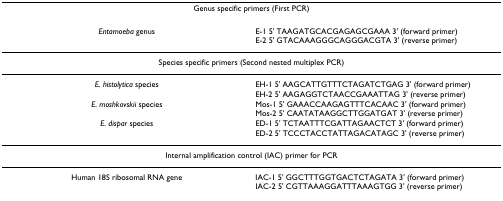
| <COLSPAN=2> Genus specific primers (First PCR) |
 | --- | --- |
 | Entamoeba genus | E-1 5' TAAGATGCACGAGAGCGAAA 3' (forward primer)E-2 5' GTACAAAGGGCAGGGACGTA 3' (reverse primer) |
 | <COLSPAN=2> Species specific primers (Second nested multiplex PCR) |
 | E. histolytica species | EH-1 5' AAGCATTGTTTCTAGATCTGAG 3' (forward primer)EH-2 5' AAGAGGTCTAACCGAAATTAG 3' (reverse primer) |
 | E. moshkovskii species | Mos-1 5' GAAACCAAGAGTTTCACAAC 3' (forward primer)Mos-2 5' CAATATAAGGCTTGGATGAT 3' (reverse primer) |
 | E. dispar species | ED-1 5' TCTAATTTCGATTAGAACTCT 3' (forward primer)ED-2 5' TCCCTACCTATTAGACATAGC 3' (reverse primer) |
 | <COLSPAN=2> Internal amplification control (IAC) primer for PCR |
 | Human 18S ribosomal RNA gene | IAC-1 5' GGCTTTGGTGACTCTAGATA 3' (forward primer)IAC-2 5' CGTTAAAGGATTTAAAGTGG 3' (reverse primer) |